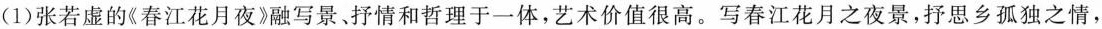
(1)张若虚的《春江花月夜》融写景、抒情和哲理于一体，艺术价值很高。写春江花月之夜景，抒思乡孤独之情，